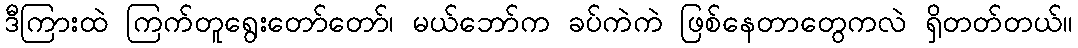
ဒီကြားထဲ ကြက်တူရွေးတော်တော်၊ မယ်ဘော်က ခပ်ကဲကဲ ဖြစ်နေတာတွေကလဲ ရှိတတ်တယ်။